Bréfritari: Páll Magnússon
Viðtakandi: Jón Borgfirðingur
Dagsetning: A-1866-10-11
Skrifað á: Kjarna  Eyf.

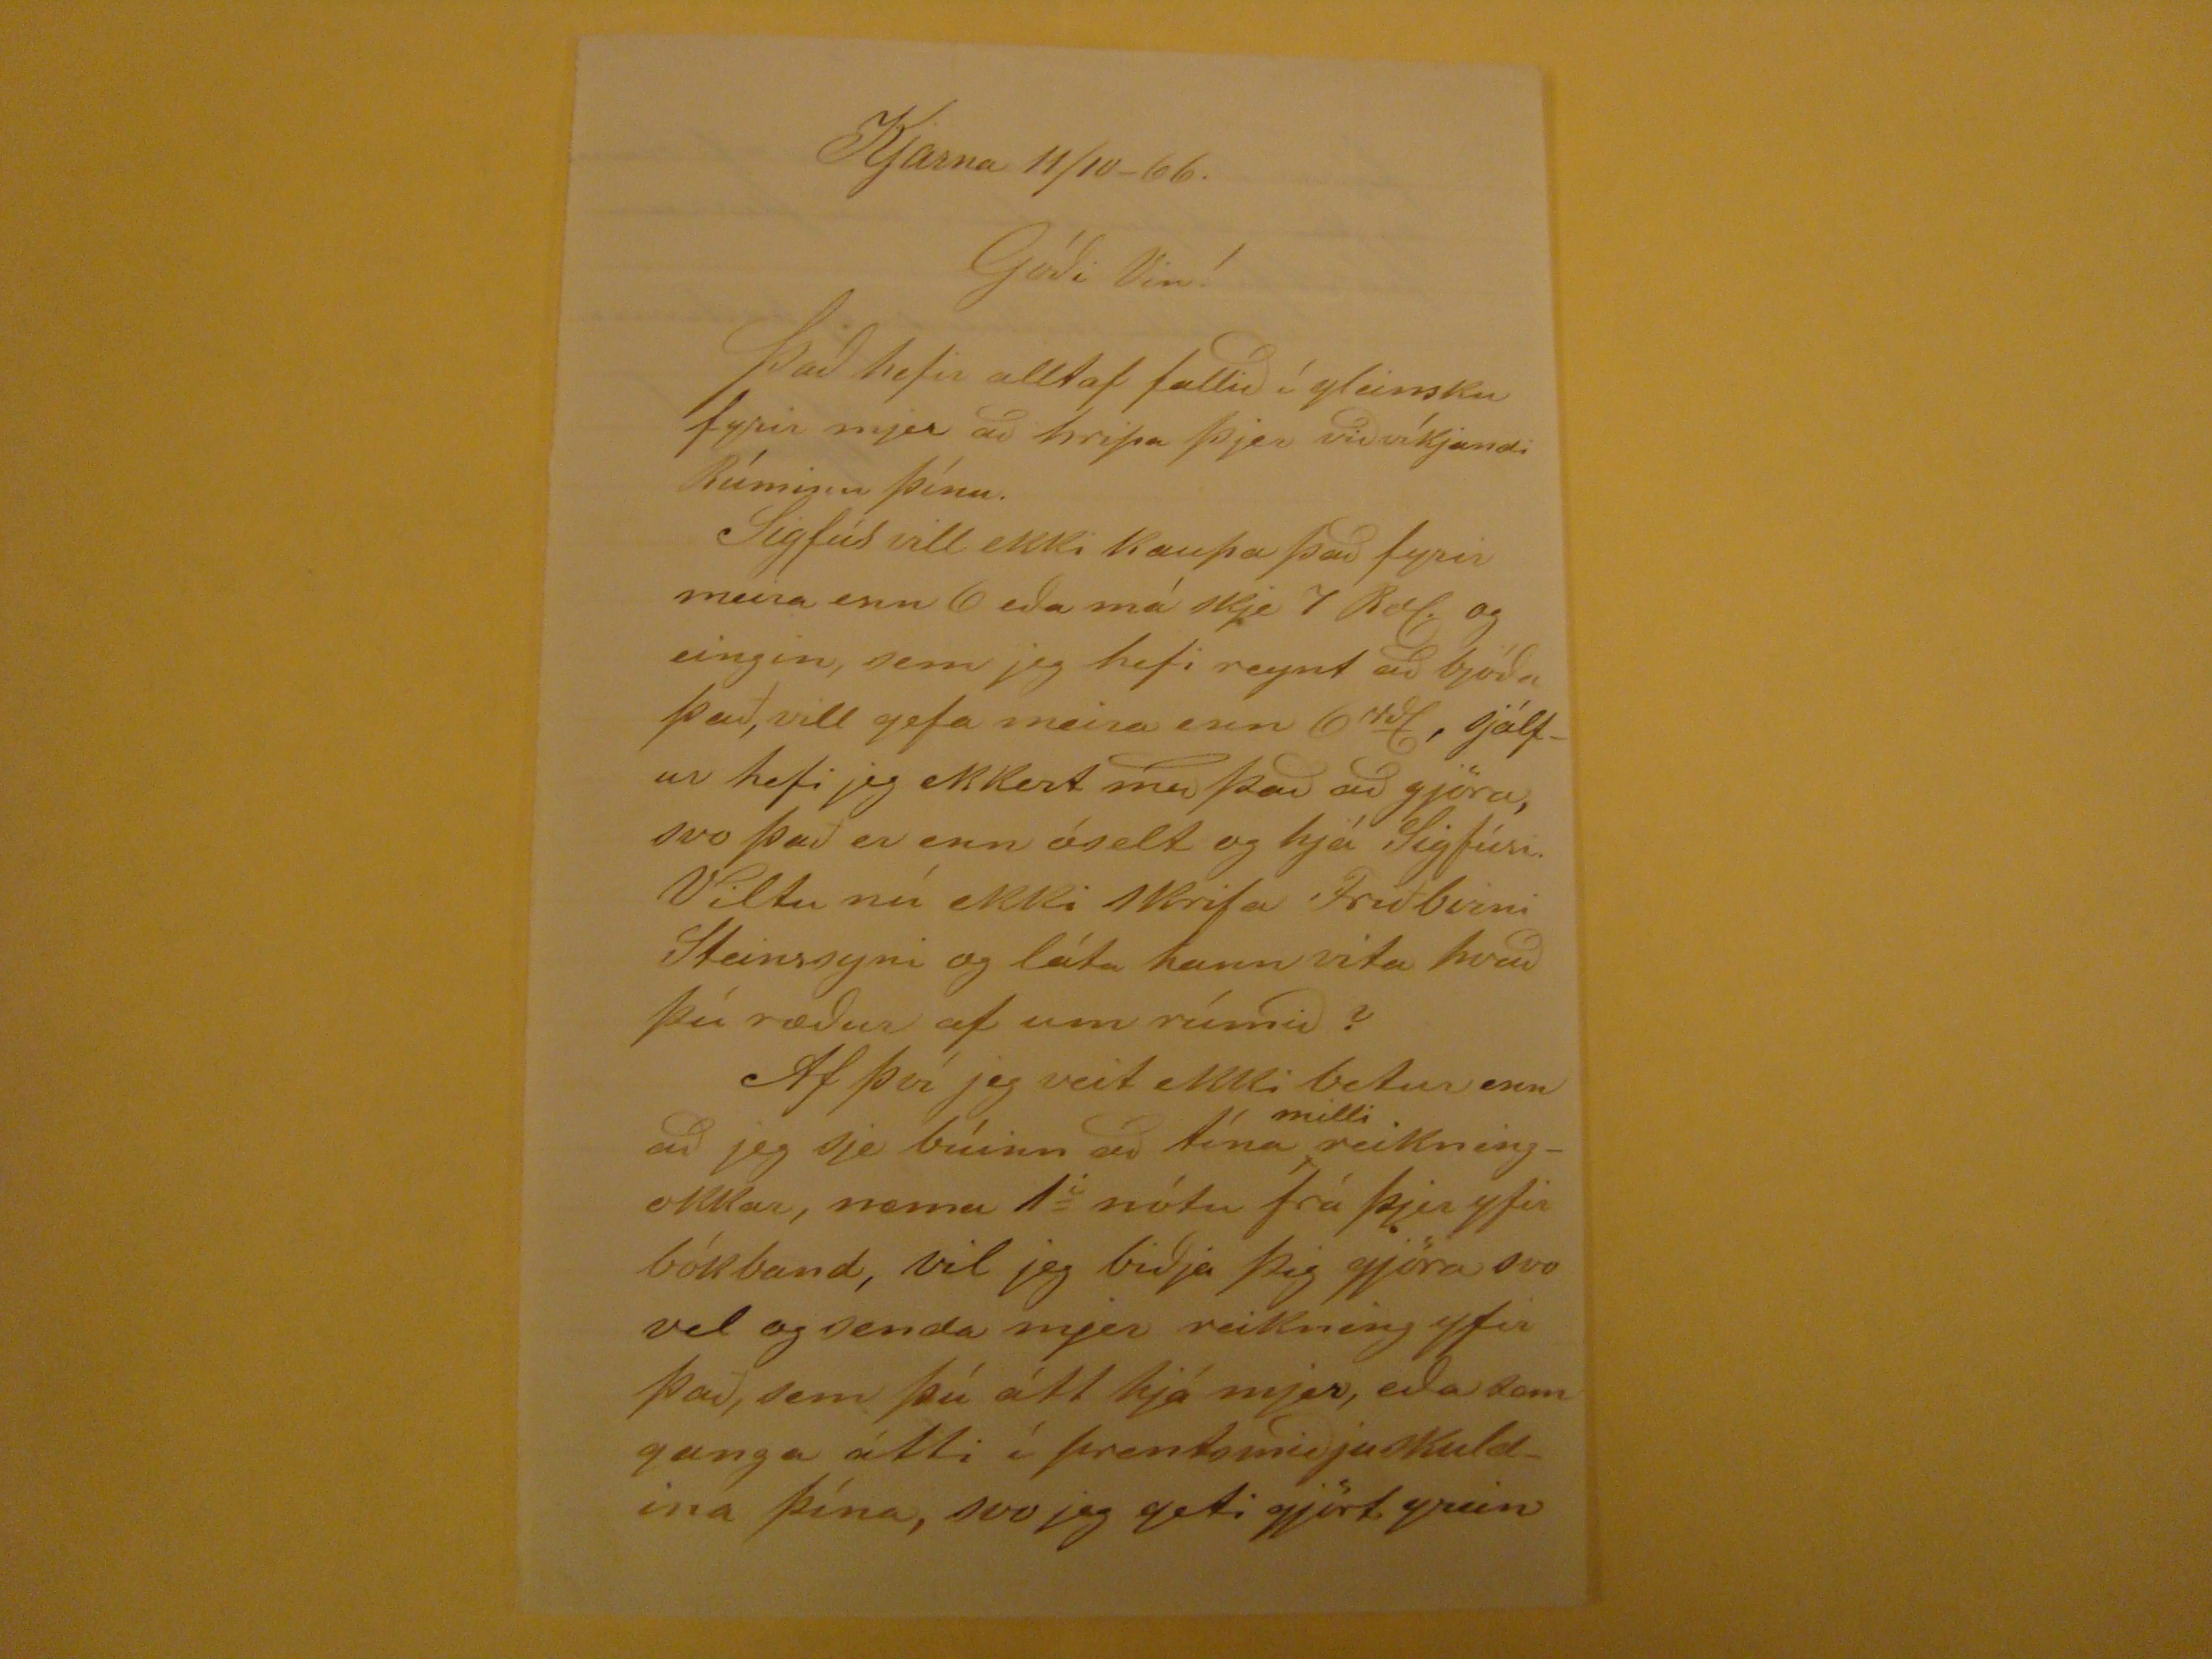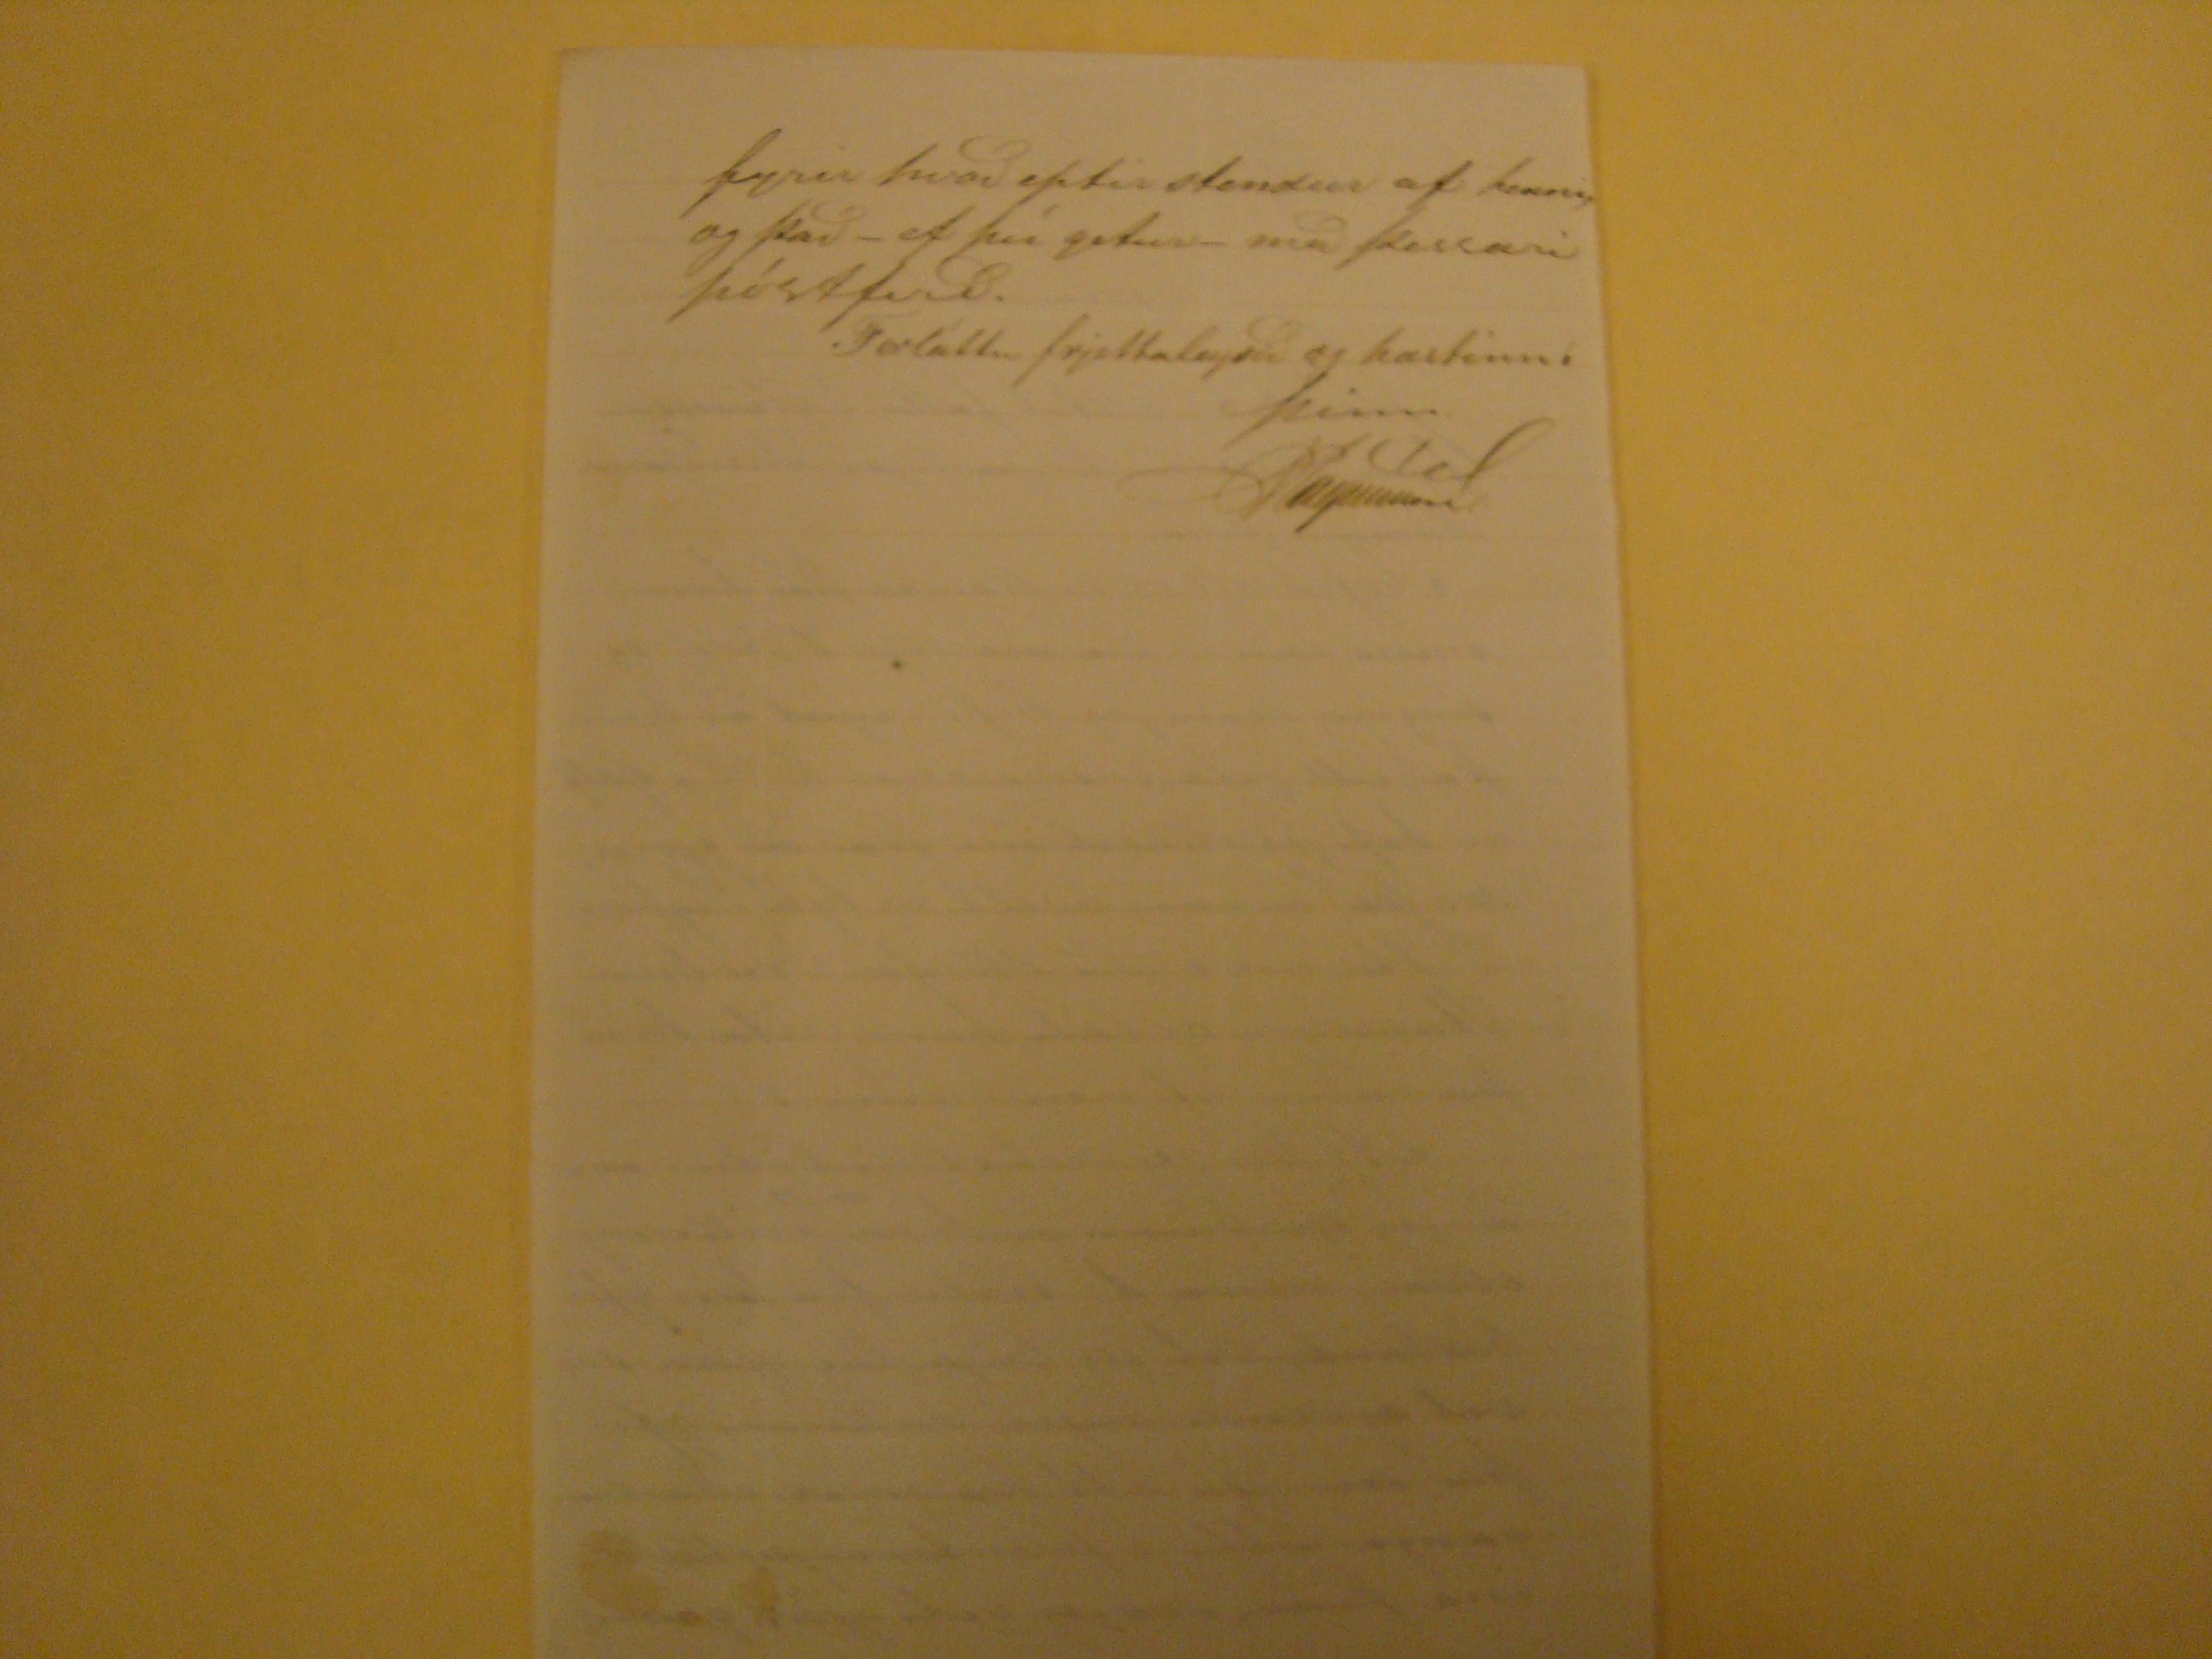

Kjarna 11/10-66.
Gódi Vin!
Þad hefir alltaf fallid í gleimsku fyrir mjer ad hripa þjer vidvíkjandi Rúminu þínu.
Sigfús vill ekki kaupa þad fyrir meira enn 6 eda má skje 1 Baf. og eingin, sem jeg hefi reynt ad bjóda það, vill gefa meira enn 6
rds
, sjálfur hefi jeg ekkert med þad ad gjöra, svo það er enn óselt og hjá Sigfúsi. Viltu nú ekki skrifa Friðbirni Steinssyni og láta hann vita hvad þú rædur af um rúmid?
Af því jeg veit ekki betur enn ad jeg sje búinn ad tína
milli
reikningokkar, nema 1i nótu frá þjer yfir bókband, vil jeg bidja þig gjöra svo vel og senda mjer reikning yfir þad, sem þú átt hjá mjer, eda sem ganga átti í prentsmidjuskuldina þína, svo jeg geti gjört grein
fyrir hvad eptir stendur af henni, og þad -ef þú getur- med þessari póstferd.
Forláttu frjettaleysid og kostinn.
þinn
Magnusson